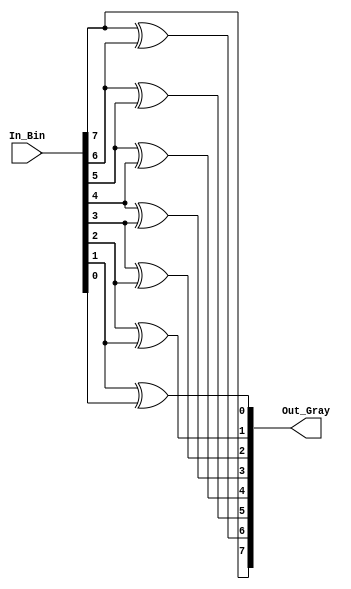
`timescale 1ns / 1ps
//////////////////////////////////////////////////////////////////////////////////
// Company: 
// Engineer: 
// 
// Design Name: 
// Module Name:    Bin_2_Gray 
// Project Name: 
// Target Devices: 
// Tool versions: 
// Description: 
//
// Dependencies: 
//
// Revision: 
// Revision 0.01 - File Created
// Additional Comments: 
//
//////////////////////////////////////////////////////////////////////////////////
module Bin_2_Gray(
    input [7:0] In_Bin,
    output [7:0] Out_Gray
    );
localparam    [4:0] SIZE  = 5'd8; //Name Size of width 8 means 8bit
reg [SIZE - 1:0]  Sig_Gray;
integer i;

always @ (*)
  begin
    Sig_Gray[SIZE - 1]  = In_Bin[SIZE - 1];
    for(i = 0 ; i<SIZE  - 1; i = i +1)
      begin
        Sig_Gray[SIZE - 2 - i]  = In_Bin[SIZE - 1 - i] ^In_Bin[SIZE - 2 -i];
      end   
  end   


  assign    Out_Gray  = Sig_Gray;

endmodule